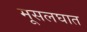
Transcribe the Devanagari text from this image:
मूसलघात